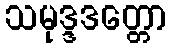
သမုဒ္ဒဒတ္တော